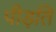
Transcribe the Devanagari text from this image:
पीड़ति